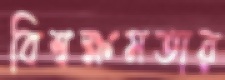
বিশ্বক্ষমতার